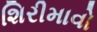
શિરીમાવો